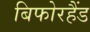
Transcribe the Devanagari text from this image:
बिफोरहैंड